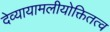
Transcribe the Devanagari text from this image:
देव्यायामलीयोक्तितत्व